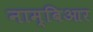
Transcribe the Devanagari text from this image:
नाम्बिआर